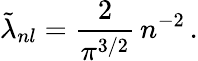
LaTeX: \tilde{\lambda}_{nl}=\frac{2}{\pi^{3/2}}\, n^{-2}\, .